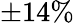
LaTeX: \pm 14\%